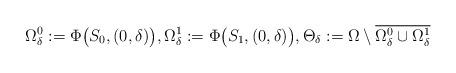
LaTeX: \begin{align*}\Omega^0_\delta:=\Phi\big(S_0,(0,\delta)\big),\Omega^1_\delta:=\Phi\big(S_1,(0,\delta)\big),\Theta_\delta:=\Omega\setminus \overline{\Omega^0_\delta\cup \Omega^1_\delta}\end{align*}